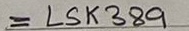
Text: = LSK389